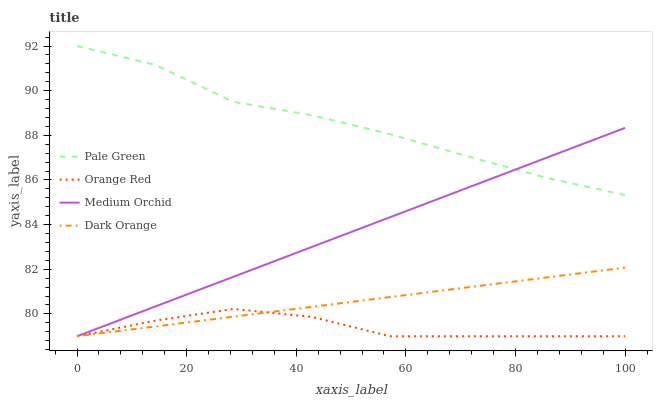
| xaxis_label | Pale Green | Orange Red | Medium Orchid | Dark Orange |
 | --- | --- | --- | --- | --- |
 | 0 | 92 | 79 | 79 | 79 |
 | 14.3 | 91.2 | 79.7 | 80.3 | 79.4 |
 | 28.6 | 89.5 | 80.2 | 81.7 | 79.9 |
 | 42.9 | 88.9 | 79.9 | 83 | 80.3 |
 | 57.1 | 88 | 79 | 84.3 | 80.8 |
 | 71.4 | 87 | 79 | 85.7 | 81.2 |
 | 85.7 | 86.1 | 79 | 87 | 81.6 |
 | 100 | 85.3 | 79 | 88.3 | 82.1 |